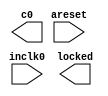
// This program was cloned from: https://github.com/n1gp/Anvelina_PROIII
// License: GNU General Public License v3.0

// megafunction wizard: %ALTPLL%VBB%
// GENERATION: STANDARD
// VERSION: WM1.0
// MODULE: altpll 

// ============================================================
// Megafunction Name(s):
// 			altpll
//
// Simulation Library Files(s):
// 			altera_mf
// ============================================================
// ************************************************************
// THIS IS A WIZARD-GENERATED FILE. DO NOT EDIT THIS FILE!
//
// 19.1.0 Build 670 09/22/2019 SJ Lite Edition
// ************************************************************

//Copyright (C) 2019  Intel Corporation. All rights reserved.
//Your use of Intel Corporation's design tools, logic functions 
//and other software and tools, and any partner logic 
//functions, and any output files from any of the foregoing 
//(including device programming or simulation files), and any 
//associated documentation or information are expressly subject 
//to the terms and conditions of the Intel Program License 
//Subscription Agreement, the Intel Quartus Prime License Agreement,
//the Intel FPGA IP License Agreement, or other applicable license
//agreement, including, without limitation, that your use is for
//the sole purpose of programming logic devices manufactured by
//Intel and sold by Intel or its authorized distributors.  Please
//refer to the applicable agreement for further details, at
//https://fpgasoftware.intel.com/eula.

module C122_PLL (
	areset,
	inclk0,
	c0,
	locked);

	input	  areset;
	input	  inclk0;
	output	  c0;
	output	  locked;
`ifndef ALTERA_RESERVED_QIS
// synopsys translate_off
`endif
	tri0	  areset;
`ifndef ALTERA_RESERVED_QIS
// synopsys translate_on
`endif

endmodule

// ============================================================
// CNX file retrieval info
// ============================================================
// Retrieval info: PRIVATE: ACTIVECLK_CHECK STRING "0"
// Retrieval info: PRIVATE: BANDWIDTH STRING "1.000"
// Retrieval info: PRIVATE: BANDWIDTH_FEATURE_ENABLED STRING "1"
// Retrieval info: PRIVATE: BANDWIDTH_FREQ_UNIT STRING "MHz"
// Retrieval info: PRIVATE: BANDWIDTH_PRESET STRING "Low"
// Retrieval info: PRIVATE: BANDWIDTH_USE_AUTO STRING "1"
// Retrieval info: PRIVATE: BANDWIDTH_USE_PRESET STRING "0"
// Retrieval info: PRIVATE: CLKBAD_SWITCHOVER_CHECK STRING "0"
// Retrieval info: PRIVATE: CLKLOSS_CHECK STRING "0"
// Retrieval info: PRIVATE: CLKSWITCH_CHECK STRING "0"
// Retrieval info: PRIVATE: CNX_NO_COMPENSATE_RADIO STRING "0"
// Retrieval info: PRIVATE: CREATE_CLKBAD_CHECK STRING "0"
// Retrieval info: PRIVATE: CREATE_INCLK1_CHECK STRING "0"
// Retrieval info: PRIVATE: CUR_DEDICATED_CLK STRING "c0"
// Retrieval info: PRIVATE: CUR_FBIN_CLK STRING "c0"
// Retrieval info: PRIVATE: DEVICE_SPEED_GRADE STRING "Any"
// Retrieval info: PRIVATE: DIV_FACTOR0 NUMERIC "1"
// Retrieval info: PRIVATE: DUTY_CYCLE0 STRING "50.00000000"
// Retrieval info: PRIVATE: EFF_OUTPUT_FREQ_VALUE0 STRING "10.000000"
// Retrieval info: PRIVATE: EXPLICIT_SWITCHOVER_COUNTER STRING "0"
// Retrieval info: PRIVATE: EXT_FEEDBACK_RADIO STRING "0"
// Retrieval info: PRIVATE: GLOCKED_COUNTER_EDIT_CHANGED STRING "1"
// Retrieval info: PRIVATE: GLOCKED_FEATURE_ENABLED STRING "0"
// Retrieval info: PRIVATE: GLOCKED_MODE_CHECK STRING "0"
// Retrieval info: PRIVATE: GLOCK_COUNTER_EDIT NUMERIC "1048575"
// Retrieval info: PRIVATE: HAS_MANUAL_SWITCHOVER STRING "1"
// Retrieval info: PRIVATE: INCLK0_FREQ_EDIT STRING "122.880"
// Retrieval info: PRIVATE: INCLK0_FREQ_UNIT_COMBO STRING "MHz"
// Retrieval info: PRIVATE: INCLK1_FREQ_EDIT STRING "100.000"
// Retrieval info: PRIVATE: INCLK1_FREQ_EDIT_CHANGED STRING "1"
// Retrieval info: PRIVATE: INCLK1_FREQ_UNIT_CHANGED STRING "1"
// Retrieval info: PRIVATE: INCLK1_FREQ_UNIT_COMBO STRING "MHz"
// Retrieval info: PRIVATE: INTENDED_DEVICE_FAMILY STRING "Cyclone IV E"
// Retrieval info: PRIVATE: INT_FEEDBACK__MODE_RADIO STRING "1"
// Retrieval info: PRIVATE: LOCKED_OUTPUT_CHECK STRING "1"
// Retrieval info: PRIVATE: LONG_SCAN_RADIO STRING "1"
// Retrieval info: PRIVATE: LVDS_MODE_DATA_RATE STRING "Not Available"
// Retrieval info: PRIVATE: LVDS_MODE_DATA_RATE_DIRTY NUMERIC "0"
// Retrieval info: PRIVATE: LVDS_PHASE_SHIFT_UNIT0 STRING "deg"
// Retrieval info: PRIVATE: MIG_DEVICE_SPEED_GRADE STRING "Any"
// Retrieval info: PRIVATE: MIRROR_CLK0 STRING "0"
// Retrieval info: PRIVATE: MULT_FACTOR0 NUMERIC "1"
// Retrieval info: PRIVATE: NORMAL_MODE_RADIO STRING "1"
// Retrieval info: PRIVATE: OUTPUT_FREQ0 STRING "10.00000000"
// Retrieval info: PRIVATE: OUTPUT_FREQ_MODE0 STRING "1"
// Retrieval info: PRIVATE: OUTPUT_FREQ_UNIT0 STRING "MHz"
// Retrieval info: PRIVATE: PHASE_RECONFIG_FEATURE_ENABLED STRING "1"
// Retrieval info: PRIVATE: PHASE_RECONFIG_INPUTS_CHECK STRING "0"
// Retrieval info: PRIVATE: PHASE_SHIFT0 STRING "0.00000000"
// Retrieval info: PRIVATE: PHASE_SHIFT_STEP_ENABLED_CHECK STRING "0"
// Retrieval info: PRIVATE: PHASE_SHIFT_UNIT0 STRING "deg"
// Retrieval info: PRIVATE: PLL_ADVANCED_PARAM_CHECK STRING "0"
// Retrieval info: PRIVATE: PLL_ARESET_CHECK STRING "1"
// Retrieval info: PRIVATE: PLL_AUTOPLL_CHECK NUMERIC "1"
// Retrieval info: PRIVATE: PLL_ENHPLL_CHECK NUMERIC "0"
// Retrieval info: PRIVATE: PLL_FASTPLL_CHECK NUMERIC "0"
// Retrieval info: PRIVATE: PLL_FBMIMIC_CHECK STRING "0"
// Retrieval info: PRIVATE: PLL_LVDS_PLL_CHECK NUMERIC "0"
// Retrieval info: PRIVATE: PLL_PFDENA_CHECK STRING "0"
// Retrieval info: PRIVATE: PLL_TARGET_HARCOPY_CHECK NUMERIC "0"
// Retrieval info: PRIVATE: PRIMARY_CLK_COMBO STRING "inclk0"
// Retrieval info: PRIVATE: RECONFIG_FILE STRING "C122_PLL.mif"
// Retrieval info: PRIVATE: SACN_INPUTS_CHECK STRING "0"
// Retrieval info: PRIVATE: SCAN_FEATURE_ENABLED STRING "1"
// Retrieval info: PRIVATE: SELF_RESET_LOCK_LOSS STRING "0"
// Retrieval info: PRIVATE: SHORT_SCAN_RADIO STRING "0"
// Retrieval info: PRIVATE: SPREAD_FEATURE_ENABLED STRING "0"
// Retrieval info: PRIVATE: SPREAD_FREQ STRING "50.000"
// Retrieval info: PRIVATE: SPREAD_FREQ_UNIT STRING "KHz"
// Retrieval info: PRIVATE: SPREAD_PERCENT STRING "0.500"
// Retrieval info: PRIVATE: SPREAD_USE STRING "0"
// Retrieval info: PRIVATE: SRC_SYNCH_COMP_RADIO STRING "0"
// Retrieval info: PRIVATE: STICKY_CLK0 STRING "1"
// Retrieval info: PRIVATE: SWITCHOVER_COUNT_EDIT NUMERIC "1"
// Retrieval info: PRIVATE: SWITCHOVER_FEATURE_ENABLED STRING "1"
// Retrieval info: PRIVATE: SYNTH_WRAPPER_GEN_POSTFIX STRING "0"
// Retrieval info: PRIVATE: USE_CLK0 STRING "1"
// Retrieval info: PRIVATE: USE_CLKENA0 STRING "0"
// Retrieval info: PRIVATE: USE_MIL_SPEED_GRADE NUMERIC "0"
// Retrieval info: PRIVATE: ZERO_DELAY_RADIO STRING "0"
// Retrieval info: LIBRARY: altera_mf altera_mf.altera_mf_components.all
// Retrieval info: CONSTANT: BANDWIDTH_TYPE STRING "AUTO"
// Retrieval info: CONSTANT: CLK0_DIVIDE_BY NUMERIC "1536"
// Retrieval info: CONSTANT: CLK0_DUTY_CYCLE NUMERIC "50"
// Retrieval info: CONSTANT: CLK0_MULTIPLY_BY NUMERIC "125"
// Retrieval info: CONSTANT: CLK0_PHASE_SHIFT STRING "0"
// Retrieval info: CONSTANT: COMPENSATE_CLOCK STRING "CLK0"
// Retrieval info: CONSTANT: INCLK0_INPUT_FREQUENCY NUMERIC "8138"
// Retrieval info: CONSTANT: INTENDED_DEVICE_FAMILY STRING "Cyclone IV E"
// Retrieval info: CONSTANT: LPM_TYPE STRING "altpll"
// Retrieval info: CONSTANT: OPERATION_MODE STRING "NORMAL"
// Retrieval info: CONSTANT: PLL_TYPE STRING "AUTO"
// Retrieval info: CONSTANT: PORT_ACTIVECLOCK STRING "PORT_UNUSED"
// Retrieval info: CONSTANT: PORT_ARESET STRING "PORT_USED"
// Retrieval info: CONSTANT: PORT_CLKBAD0 STRING "PORT_UNUSED"
// Retrieval info: CONSTANT: PORT_CLKBAD1 STRING "PORT_UNUSED"
// Retrieval info: CONSTANT: PORT_CLKLOSS STRING "PORT_UNUSED"
// Retrieval info: CONSTANT: PORT_CLKSWITCH STRING "PORT_UNUSED"
// Retrieval info: CONSTANT: PORT_CONFIGUPDATE STRING "PORT_UNUSED"
// Retrieval info: CONSTANT: PORT_FBIN STRING "PORT_UNUSED"
// Retrieval info: CONSTANT: PORT_INCLK0 STRING "PORT_USED"
// Retrieval info: CONSTANT: PORT_INCLK1 STRING "PORT_UNUSED"
// Retrieval info: CONSTANT: PORT_LOCKED STRING "PORT_USED"
// Retrieval info: CONSTANT: PORT_PFDENA STRING "PORT_UNUSED"
// Retrieval info: CONSTANT: PORT_PHASECOUNTERSELECT STRING "PORT_UNUSED"
// Retrieval info: CONSTANT: PORT_PHASEDONE STRING "PORT_UNUSED"
// Retrieval info: CONSTANT: PORT_PHASESTEP STRING "PORT_UNUSED"
// Retrieval info: CONSTANT: PORT_PHASEUPDOWN STRING "PORT_UNUSED"
// Retrieval info: CONSTANT: PORT_PLLENA STRING "PORT_UNUSED"
// Retrieval info: CONSTANT: PORT_SCANACLR STRING "PORT_UNUSED"
// Retrieval info: CONSTANT: PORT_SCANCLK STRING "PORT_UNUSED"
// Retrieval info: CONSTANT: PORT_SCANCLKENA STRING "PORT_UNUSED"
// Retrieval info: CONSTANT: PORT_SCANDATA STRING "PORT_UNUSED"
// Retrieval info: CONSTANT: PORT_SCANDATAOUT STRING "PORT_UNUSED"
// Retrieval info: CONSTANT: PORT_SCANDONE STRING "PORT_UNUSED"
// Retrieval info: CONSTANT: PORT_SCANREAD STRING "PORT_UNUSED"
// Retrieval info: CONSTANT: PORT_SCANWRITE STRING "PORT_UNUSED"
// Retrieval info: CONSTANT: PORT_clk0 STRING "PORT_USED"
// Retrieval info: CONSTANT: PORT_clk1 STRING "PORT_UNUSED"
// Retrieval info: CONSTANT: PORT_clk2 STRING "PORT_UNUSED"
// Retrieval info: CONSTANT: PORT_clk3 STRING "PORT_UNUSED"
// Retrieval info: CONSTANT: PORT_clk4 STRING "PORT_UNUSED"
// Retrieval info: CONSTANT: PORT_clk5 STRING "PORT_UNUSED"
// Retrieval info: CONSTANT: PORT_clkena0 STRING "PORT_UNUSED"
// Retrieval info: CONSTANT: PORT_clkena1 STRING "PORT_UNUSED"
// Retrieval info: CONSTANT: PORT_clkena2 STRING "PORT_UNUSED"
// Retrieval info: CONSTANT: PORT_clkena3 STRING "PORT_UNUSED"
// Retrieval info: CONSTANT: PORT_clkena4 STRING "PORT_UNUSED"
// Retrieval info: CONSTANT: PORT_clkena5 STRING "PORT_UNUSED"
// Retrieval info: CONSTANT: PORT_extclk0 STRING "PORT_UNUSED"
// Retrieval info: CONSTANT: PORT_extclk1 STRING "PORT_UNUSED"
// Retrieval info: CONSTANT: PORT_extclk2 STRING "PORT_UNUSED"
// Retrieval info: CONSTANT: PORT_extclk3 STRING "PORT_UNUSED"
// Retrieval info: CONSTANT: SELF_RESET_ON_LOSS_LOCK STRING "OFF"
// Retrieval info: CONSTANT: WIDTH_CLOCK NUMERIC "5"
// Retrieval info: USED_PORT: @clk 0 0 5 0 OUTPUT_CLK_EXT VCC "@clk[4..0]"
// Retrieval info: USED_PORT: areset 0 0 0 0 INPUT GND "areset"
// Retrieval info: USED_PORT: c0 0 0 0 0 OUTPUT_CLK_EXT VCC "c0"
// Retrieval info: USED_PORT: inclk0 0 0 0 0 INPUT_CLK_EXT GND "inclk0"
// Retrieval info: USED_PORT: locked 0 0 0 0 OUTPUT GND "locked"
// Retrieval info: CONNECT: @areset 0 0 0 0 areset 0 0 0 0
// Retrieval info: CONNECT: @inclk 0 0 1 1 GND 0 0 0 0
// Retrieval info: CONNECT: @inclk 0 0 1 0 inclk0 0 0 0 0
// Retrieval info: CONNECT: c0 0 0 0 0 @clk 0 0 1 0
// Retrieval info: CONNECT: locked 0 0 0 0 @locked 0 0 0 0
// Retrieval info: GEN_FILE: TYPE_NORMAL C122_PLL.v TRUE
// Retrieval info: GEN_FILE: TYPE_NORMAL C122_PLL.ppf TRUE
// Retrieval info: GEN_FILE: TYPE_NORMAL C122_PLL.inc FALSE
// Retrieval info: GEN_FILE: TYPE_NORMAL C122_PLL.cmp FALSE
// Retrieval info: GEN_FILE: TYPE_NORMAL C122_PLL.bsf FALSE
// Retrieval info: GEN_FILE: TYPE_NORMAL C122_PLL_inst.v FALSE
// Retrieval info: GEN_FILE: TYPE_NORMAL C122_PLL_bb.v TRUE
// Retrieval info: LIB_FILE: altera_mf
// Retrieval info: CBX_MODULE_PREFIX: ON